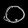
Digit: ၀